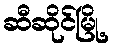
ဆီဆိုင်မြို့